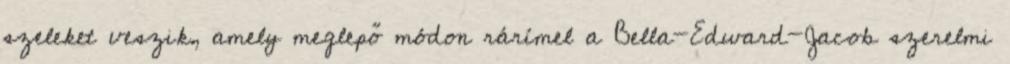
szeleket veszik, amely meglepő módon rárímel a Bella-Edward-Jacob szerelmi